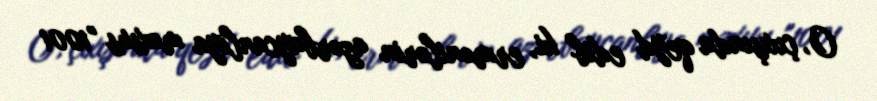
O, çıxışında qeyd edib ki, ermənilərin azərbaycanlıya məxsus "1001